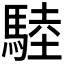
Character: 𩣱